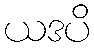
ယဒပိ